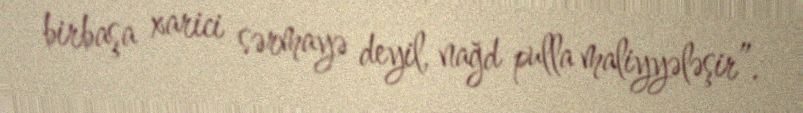
birbaşa xarici sərmayə deyil, nağd pulla maliyyələşir”.